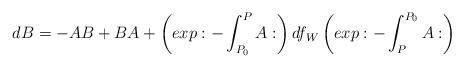
LaTeX: \begin{align*}dB=-AB+BA+\left(exp:-\int_{P_0}^{P}A:\right)df_W\left(exp:-\int_{P}^{P_0}A:\right)\end{align*}